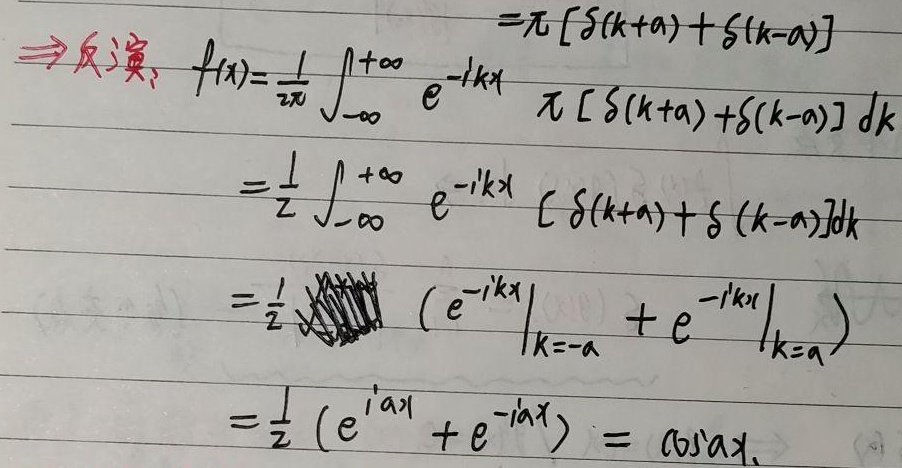
$\Rightarrow\text{反演: }f(x)=\frac{1}{2\pi}\int_{-\infty}^{+\infty} e^{-ikx} \pi [\delta(k + a)+\delta(k - a)]dk$
$=\frac{1}{2}\int_{-\infty}^{+\infty} e^{-ikx} [\delta(k + a)+\delta(k - a)]dk$
$=\frac{1}{2} \not\!\!\!\!\int (e^{-ikx}\big|_{k = -a}+e^{-ikx}\big|_{k = a})$
$=\frac{1}{2}(e^{iax}+e^{-iax})=\cos ax.$
$=\pi [\delta(k + a)+\delta(k - a)]$